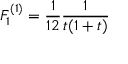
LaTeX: F _ { 1 } ^ { ( 1 ) } = { \frac { 1 } { 1 2 } } { \frac { 1 } { t ( 1 + t ) } }